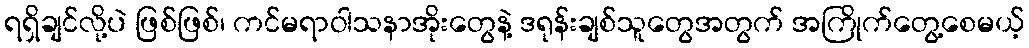
ရရှိချင်လို့ပဲ ဖြစ်ဖြစ်၊ ကင်မရာဝါသနာအိုးတွေနဲ့ ဒရုန်းချစ်သူတွေအတွက် အကြိုက်တွေ့စေမယ့်